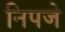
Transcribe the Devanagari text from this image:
निपजे